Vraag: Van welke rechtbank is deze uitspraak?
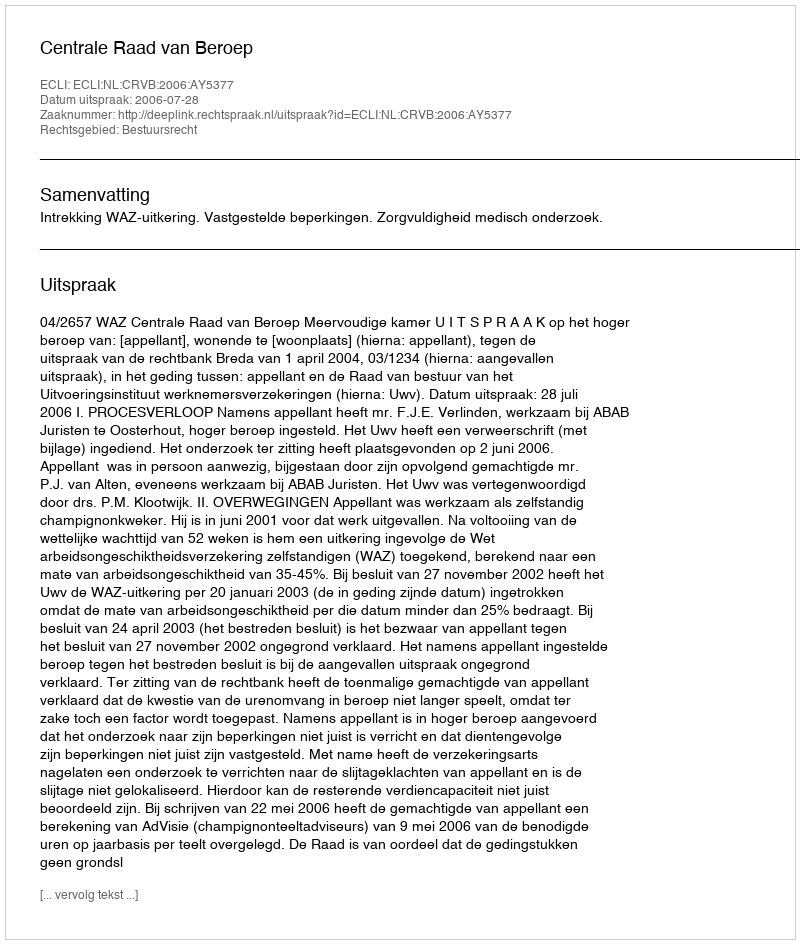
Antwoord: Centrale Raad van Beroep